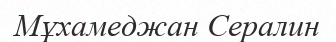
Мұхамеджан Сералин